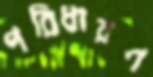
পরিধারণ